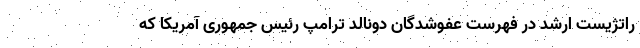
راتژیست ارشد در فهرست عفوشدگان دونالد ترامپ رئیس جمهوری آمریکا که